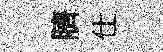
臍仕